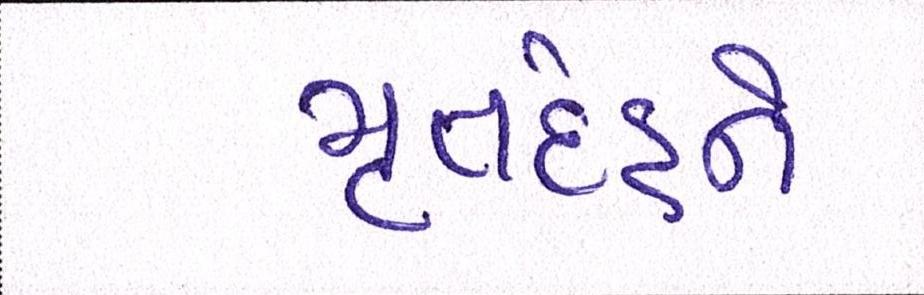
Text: મૃતદેહને